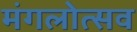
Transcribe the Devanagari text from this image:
मंगलोत्सव